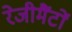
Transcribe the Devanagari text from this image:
रेजीमैंटों